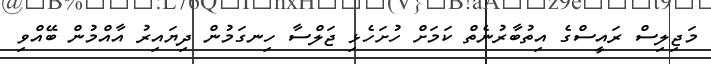
މަޖިލިސް ރައީސްގެ އިތުބާރުނެތް ކަމަށް ހުށަހެޅި ޖަލްސާ ހިނގަމުން ދިޔައިރު އާއްމުން ބޭއްވި